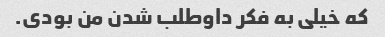
که خیلی به فکر داوطلب شدن من بودی.